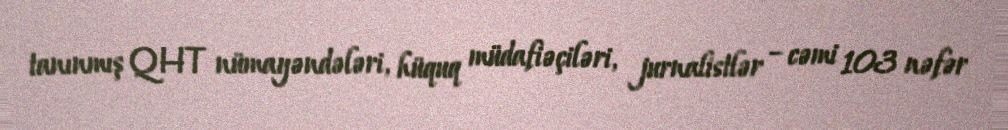
tanınmış QHT nümayəndələri, hüquq müdafiəçiləri, jurnalistlər – cəmi 103 nəfər